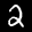
Label: 2